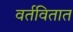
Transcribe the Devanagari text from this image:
वर्तवितात